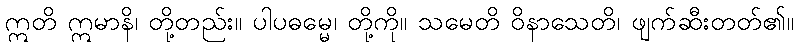
ဣတိ ဣမာနိ၊ တို့တည်း။ ပါပဓမ္မေ၊ တို့ကို။ သမေတိ ဝိနာသေတိ၊ ဖျက်ဆီးတတ်၏။